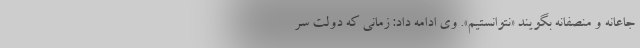
جاعانه و منصفانه بگویند «نتوانستیم». وی ادامه داد: زمانی که دولت سر